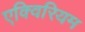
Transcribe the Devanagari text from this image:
एक्विरियम